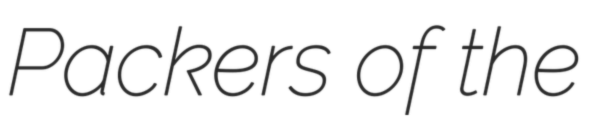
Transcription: Packers of the